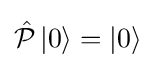
{\hat {\mathcal {P}}}\left|0\right\rangle =\left|0\right\rangle